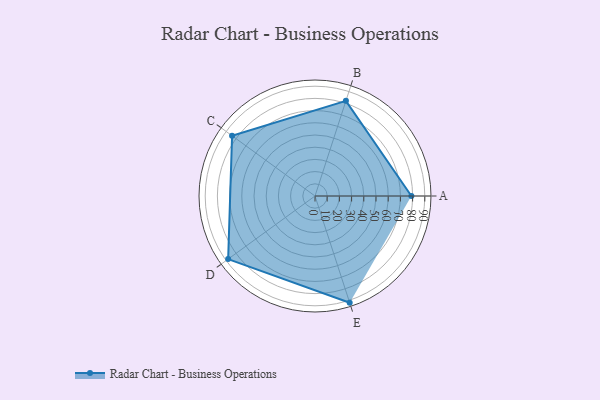
{"axis": {"x": "Skill", "y": "Score"}, "legend": ["Profile"], "data": [{"x": "A", "y": 79.0, "type": "Profile"}, {"x": "B", "y": 82.0, "type": "Profile"}, {"x": "C", "y": 84.0, "type": "Profile"}, {"x": "D", "y": 88.0, "type": "Profile"}, {"x": "E", "y": 92.0, "type": "Profile"}]}